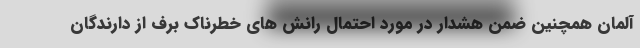
آلمان همچنین ضمن هشدار در مورد احتمال رانش های خطرناک برف از دارندگان